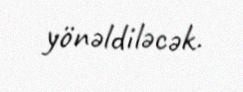
yönəldiləcək.